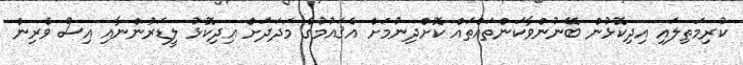
ކުރިމަތިލައި އިދިކޮޅުން ބޭނުންވާކަންތައްތައް ކޮށްދިނުމަށް އެޤައުމުގެ މަދަދަށް އިދިކޮޅު ލީޑަރުންނާއި އިސް ވެރިން